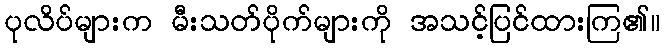
ပုလိပ်များက မီးသတ်ပိုက်များကို အသင့်ပြင်ထားကြ၏။